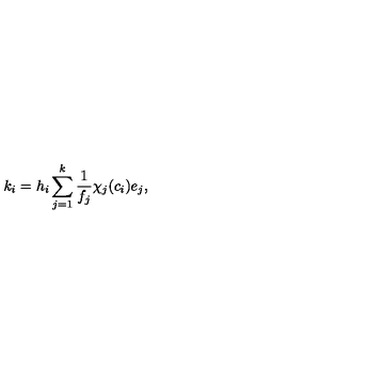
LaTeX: k _ { i } = h _ { i } \sum _ { j = 1 } ^ { k } \frac { 1 } { f _ { j } } \chi _ { j } ( c _ { i } ) e _ { j } ,